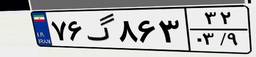
۷۶گ۸۶۳۳۲